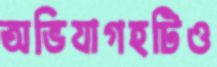
অভিযাগহটিও